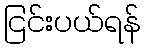
ငြင်းပယ်ရန်